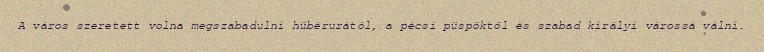
A város szeretett volna megszabadulni hűbérurától, a pécsi püspöktől és szabad királyi várossá válni.